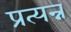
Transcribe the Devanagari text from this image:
प्रत्यन्न